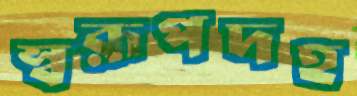
স্বরূপদহ